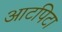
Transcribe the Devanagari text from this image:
आटपिटा